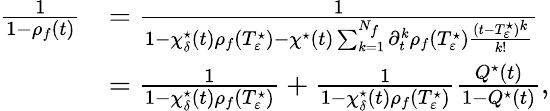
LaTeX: \begin{array}{rl}{\frac{1}{1-\rho_{f}(t)}}&{=\frac{1}{1-\chi_{\delta}^{\star}(t)\rho_{f}(T_{\varepsilon}^{\star})-\chi^{\star}(t)\sum_{k=1}^{N_{f}}\partial_{t}^{k}\rho_{f}(T_{\varepsilon}^{\star})\frac{(t-T_{\varepsilon}^{\star})^{k}}{k!}}}\\ &{=\frac{1}{1-\chi_{\delta}^{\star}(t)\rho_{f}(T_{\varepsilon}^{\star})}+\frac{1}{1-\chi_{\delta}^{\star}(t)\rho_{f}(T_{\varepsilon}^{\star})}\frac{Q^{\star}(t)}{1-Q^{\star}(t)},}\end{array}